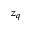
z _ { q }